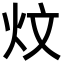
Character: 炆